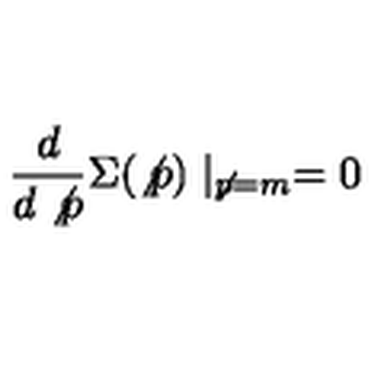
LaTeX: \frac { d } { d \not { p } } \Sigma ( \not { p } ) \mid _ { \not { p } = m } = 0